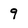
Character: 9